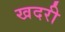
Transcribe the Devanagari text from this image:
खदरी